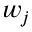
w _ { j }